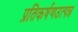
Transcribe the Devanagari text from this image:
प्रतिकर्षणउत्पन्न